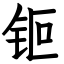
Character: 钷